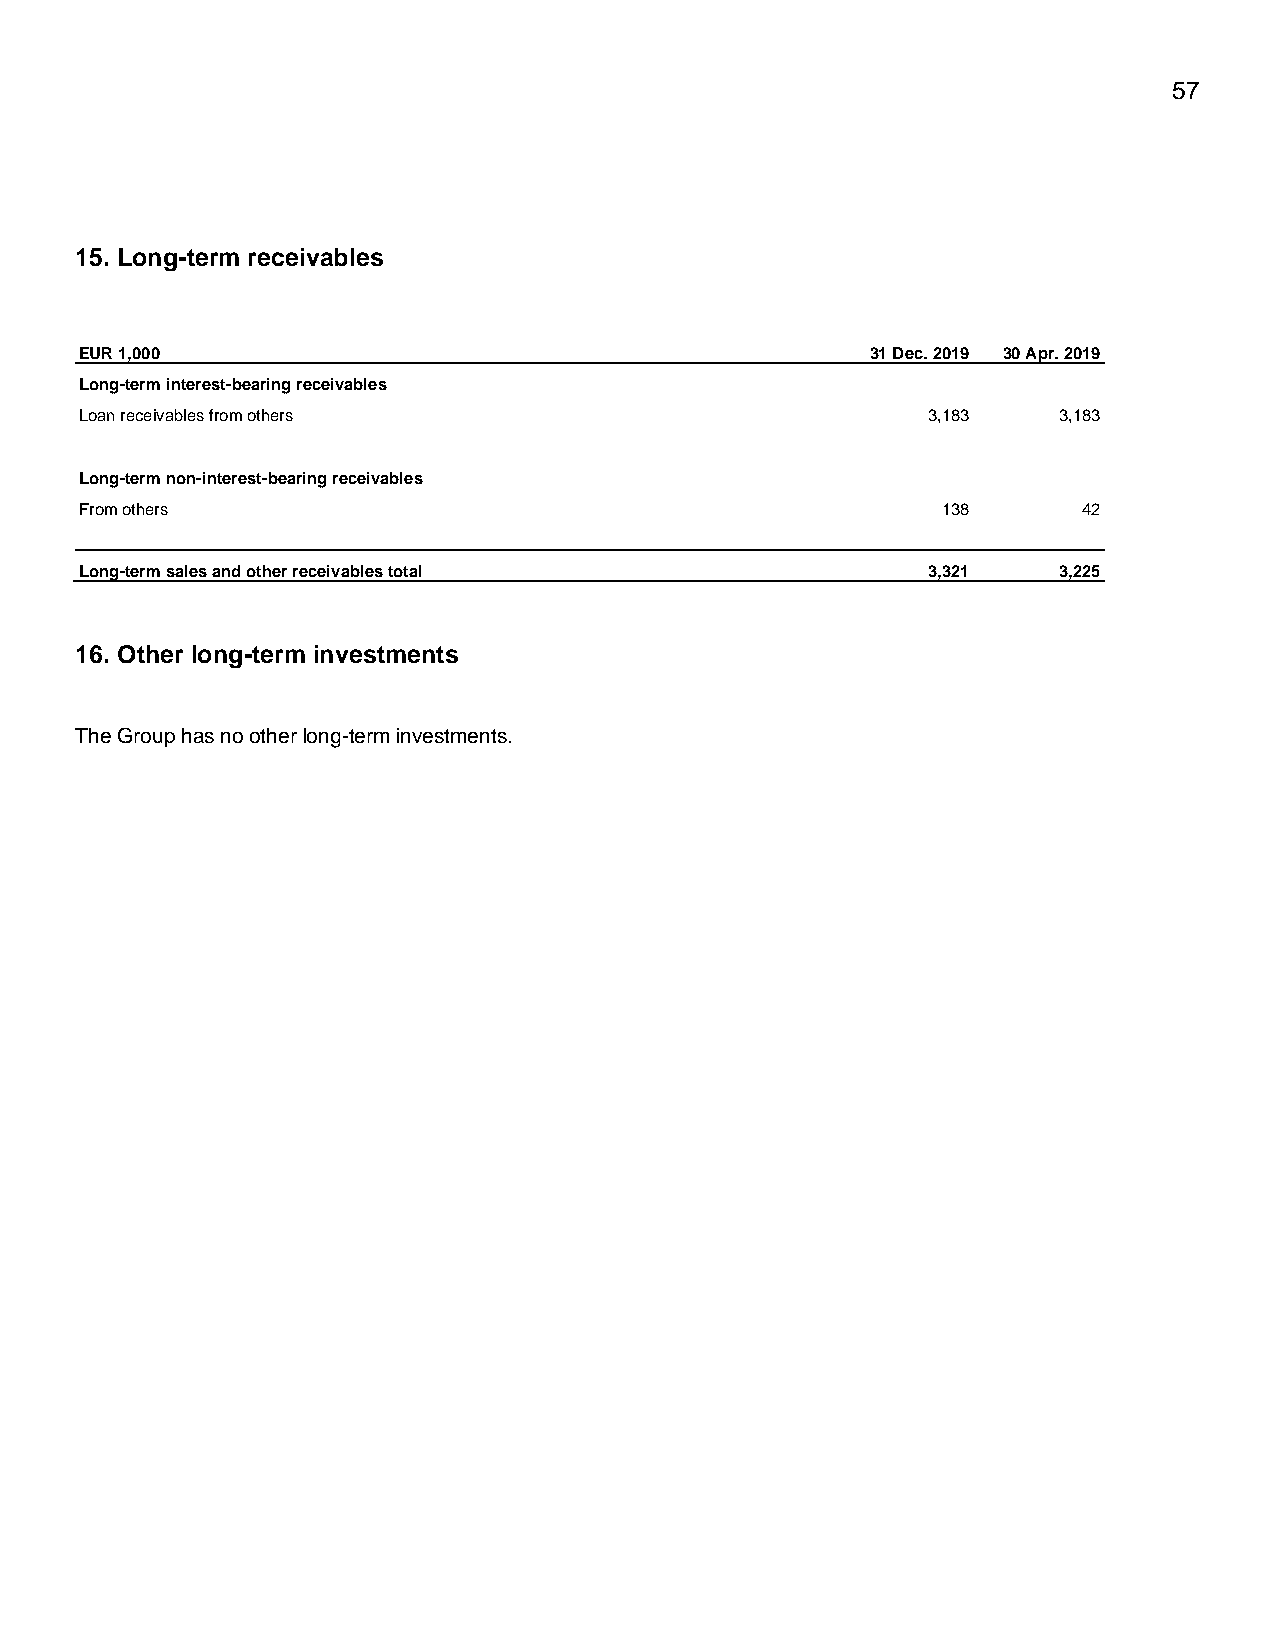
57
 15. Long-term receivables
 EUR 1,000                                            31 Dec. 2019 30 Apr. 2019
 Long-term interest-bearing receivables
 Loan receivables from others                            3,183    3,183
 Long-term non-interest-bearing receivables
 From others                                              138       42
 Long-term sales and other receivables total             3,321    3,225
 16. Other long-term investments
 The Group has no other long-term investments.